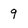
Character: 9